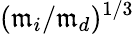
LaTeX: (\mathfrak{m}_{i}/\mathfrak{m}_{d})^{1/3}